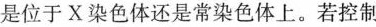
是位于X染色体还是常染色体上。若控制